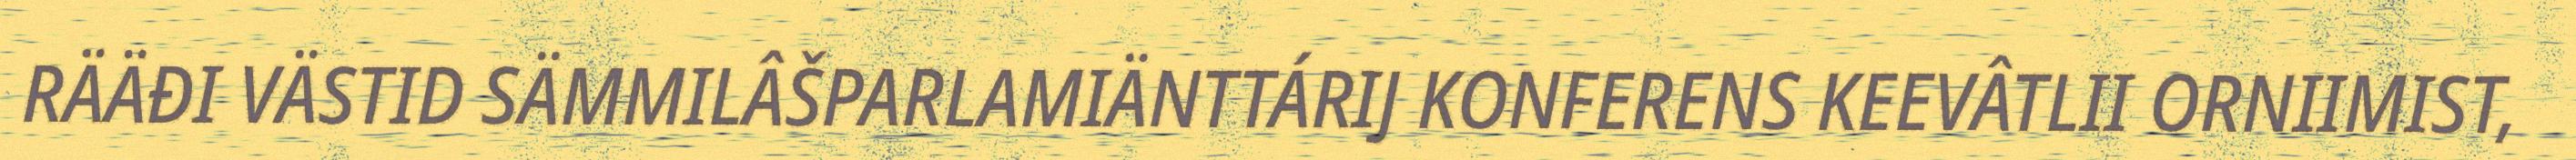
RÄÄĐI VÄSTID SÄMMILÂŠPARLAMIÄNTTÁRIJ KONFERENS KEEVÂTLII ORNIIMIST,